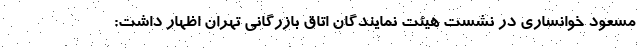
مسعود خوانساری در نشست هیئت نمایندگان اتاق بازرگانی تهران اظهار داشت: